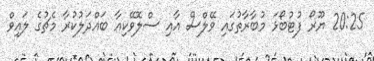
20:25 ޔޫރޯ ފުޓުބޯޅަ މުބާރާތުގައި ވޭލްސް އާއި ސްލޮވޭކިއާ ބައްދަލުކުރާ މެޗުގެ ލައިވް